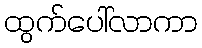
ထွက်ပေါ်လာကာ